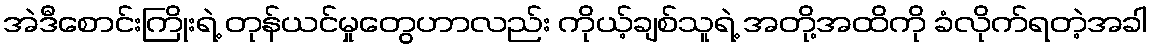
အဲဒီစောင်းကြိုးရဲ့ တုန်ယင်မှုတွေဟာလည်း ကိုယ့်ချစ်သူရဲ့ အတို့အထိကို ခံလိုက်ရတဲ့အခါ